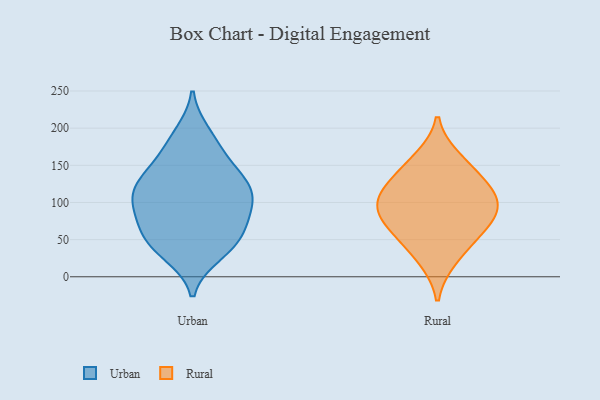
{"axis": {"x": "Backlog", "y": "Value"}, "legend": ["Rural", "Urban"], "data": [{"x": "", "y": 180, "type": "Urban"}, {"x": "", "y": 31, "type": "Urban"}, {"x": "", "y": 82, "type": "Urban"}, {"x": "", "y": 119, "type": "Urban"}, {"x": "", "y": 137, "type": "Urban"}, {"x": "", "y": 121, "type": "Urban"}, {"x": "", "y": 73, "type": "Urban"}, {"x": "", "y": 162, "type": "Urban"}, {"x": "", "y": 99, "type": "Urban"}, {"x": "", "y": 107, "type": "Urban"}, {"x": "", "y": 61, "type": "Urban"}, {"x": "", "y": 39, "type": "Urban"}, {"x": "", "y": 118, "type": "Urban"}, {"x": "", "y": 50, "type": "Urban"}, {"x": "", "y": 192, "type": "Urban"}, {"x": "", "y": 91, "type": "Urban"}, {"x": "", "y": 137, "type": "Urban"}, {"x": "", "y": 43, "type": "Urban"}, {"x": "", "y": 58, "type": "Rural"}, {"x": "", "y": 83, "type": "Rural"}, {"x": "", "y": 59, "type": "Rural"}, {"x": "", "y": 92, "type": "Rural"}, {"x": "", "y": 108, "type": "Rural"}, {"x": "", "y": 160, "type": "Rural"}, {"x": "", "y": 123, "type": "Rural"}, {"x": "", "y": 23, "type": "Rural"}, {"x": "", "y": 139, "type": "Rural"}, {"x": "", "y": 99, "type": "Rural"}]}